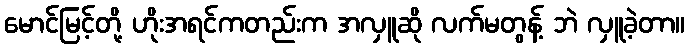
မောင်မြင့်တို့ ဟိုးအရင်ကတည်းက အလှူဆို လက်မတွန့် ဘဲ လှူခဲ့တာ။